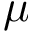
\mu